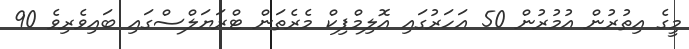
މީގެ އިތުރުން އުމުރުން 50 އަހަރުގައި އޮލިމްޕިކް މެރެތަން ޓްރަޔަލްސްގައި ބައިވެރިވެ 90